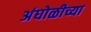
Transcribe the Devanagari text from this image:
अंघोळीच्या